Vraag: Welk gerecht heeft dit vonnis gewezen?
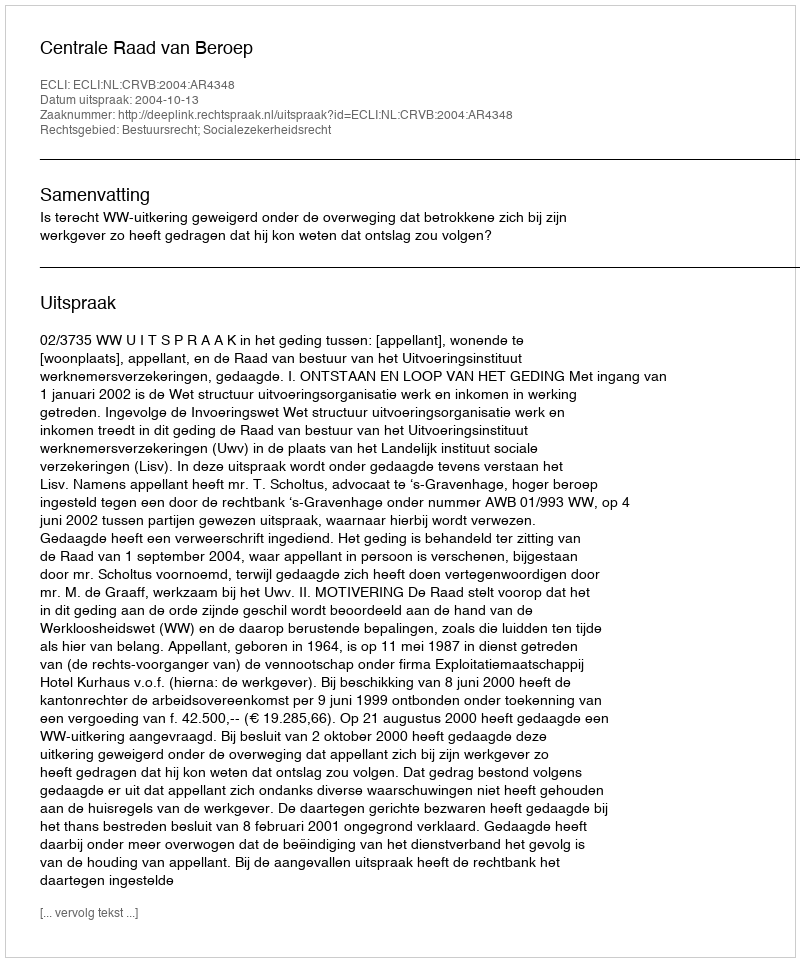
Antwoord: Centrale Raad van Beroep